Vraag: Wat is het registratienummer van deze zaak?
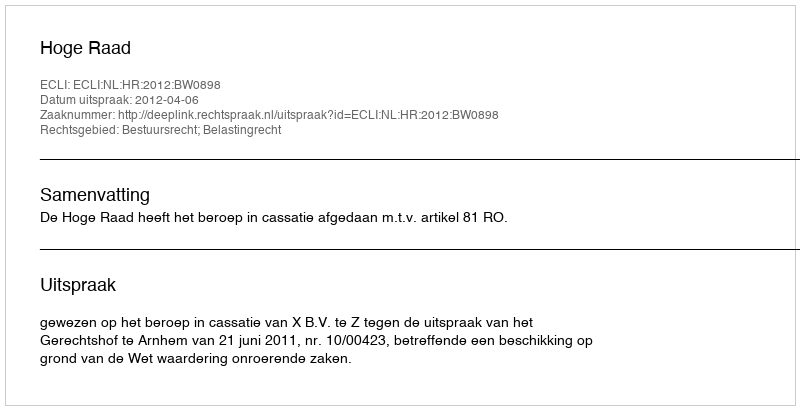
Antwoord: http://deeplink.rechtspraak.nl/uitspraak?id=ECLI:NL:HR:2012:BW0898